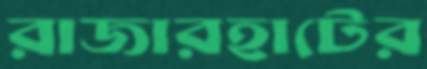
রাজারহাটের